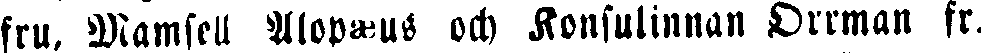
fru, Mamsell Alopæus och Konsulinnan Orrman fr.